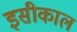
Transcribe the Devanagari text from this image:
इसीकाल